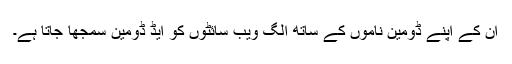
ان کے اپنے ڈومین ناموں کے ساتھ الگ ویب سائٹوں کو ایڈ ڈومین سمجھا جاتا ہے۔